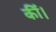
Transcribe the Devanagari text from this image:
कींं।